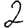
Digit: 2